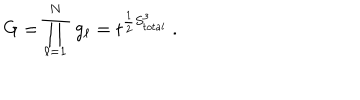
LaTeX: G = \prod _ { \ell = 1 } ^ { N } \ g _ { \ell } = t ^ { \frac { 1 } { 2 } S _ { t o t a l } ^ { 3 } } \ .